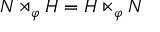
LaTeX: N \rtimes _ { \varphi } H = H \ltimes _ { \varphi } N